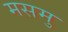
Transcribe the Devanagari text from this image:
मसमु